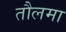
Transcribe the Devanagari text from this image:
तौलमा